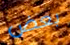
بعض